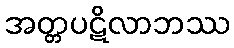
အတ္တပဋိလာဘဿ